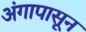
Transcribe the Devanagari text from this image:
अंगापासून